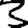
Digit: 3